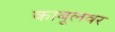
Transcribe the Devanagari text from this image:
काबूलवर